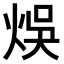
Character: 𤉇